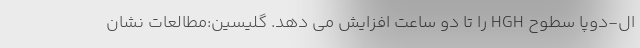
ال-دوپا سطوح HGH را تا دو ساعت افزایش می دهد. گلیسین:مطالعات نشان